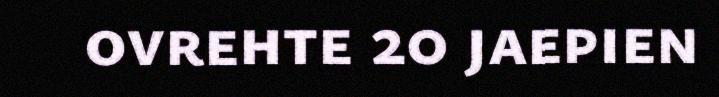
ovrehte 20 jaepien